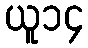
ယူ၁၄